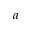
a